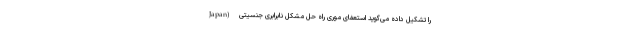
Japan) را تشکیل داده می‌گوید استعفای موری راه حل مشکل نابرابری جنسیتی